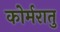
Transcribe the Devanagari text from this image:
कोर्मरातु